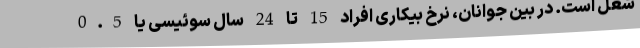
شغل است. در بین جوانان، نرخ بیکاری افراد 15 تا 24 سال سوئیسی یا 0.5